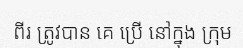
ពីរ ត្រូវបាន គេ ប្រើ នៅក្នុង ក្រុម